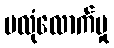
မလုံလောက်မှု